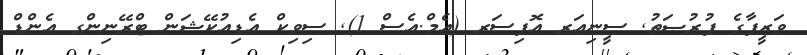
ވަޒީފާގެ ފުރުޞަތު